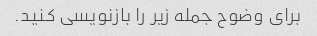
برای وضوح جمله زیر را بازنویسی کنید.